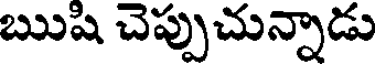
ఋషి చెప్పుచున్నాడు